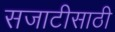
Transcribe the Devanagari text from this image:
सजाटीसाठी